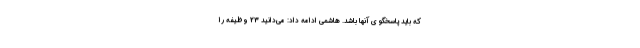
که باید پاسخگو ی آنها باشد. هاشمی ادامه داد: می‌دانید 23 وظیفه را